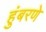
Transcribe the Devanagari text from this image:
हुंबरणे